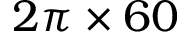
2 \pi \times 6 0